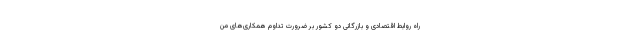
راه روابط اقتصادی و بازرگانی دو کشور بر ضرورت تداوم همکاری‌های من